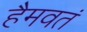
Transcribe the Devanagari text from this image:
हैमवतं